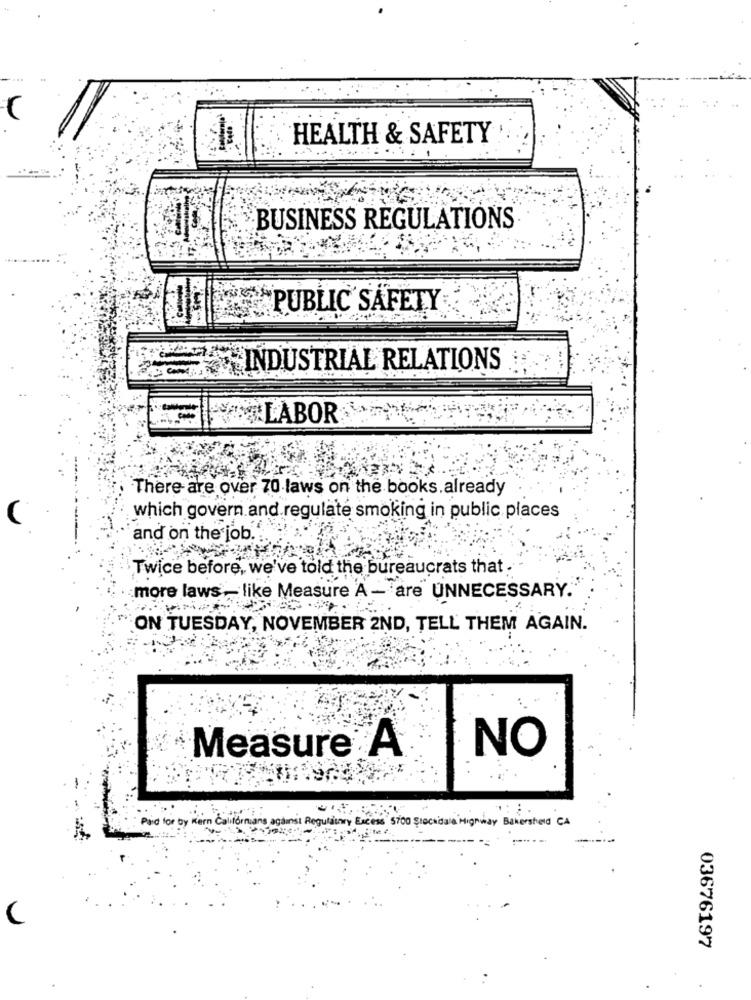
HEALTH & SAFETY
BUSINESS REGULATIONS
PUBLIC SAFETY
INDUSTRIAL RELATIONS
LABOR
There are over 70 laws on the books.already
which govern and regulate smoking in public places
and on the job.
Twice before, we've told the bureaucrats that .
more laws. like Measure A - are UNNECESSARY.
ON TUESDAY, NOVEMBER 2ND, TELL THEM AGAIN.
NO
Measure A
Paid for by Kern C
Mifornians a
Unary Excess 5700 Stockdale Highway Bakersheld CA
(
03676197
.